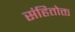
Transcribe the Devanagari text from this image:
संहितोक्त